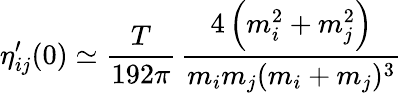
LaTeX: \eta_{ij}^{\prime}(0)\simeq{\frac{T}{192\pi}}\, {\frac{4\left(m_{i}^{2}+m_{j}^{2}\right)}{m_{i}m_{j}(m_{i}+m_{j})^{3}}}